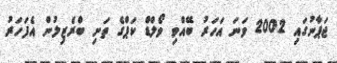
ޖަޕާނުގައި 2002 ވަނަ އަހަރު ބޭއްވި ވޯލްޑް ކަޕްގެ ތަށި ބްރެޒިލުން އެފަހަރު